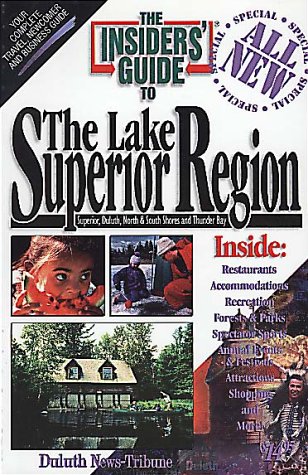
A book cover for The Insiders' Guide to Lake Superior Region; Janet Blixt; Travel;